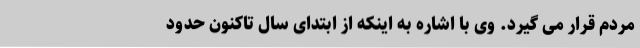
مردم قرار می گیرد. وی با اشاره به اینکه از ابتدای سال تاکنون حدود